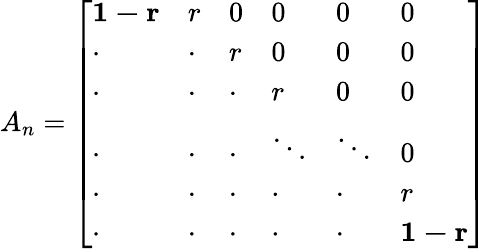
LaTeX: A_{n}=\left[\begin{array}{llllll}{\mathbf{1-r}}&{r}&{0}&{0}&{0}&{0}\\ {\cdot}&{\mathbf{\cdot}}&{r}&{0}&{0}&{0}\\ {\cdot}&{\cdot}&{\cdot}&{r}&{0}&{0}\\ {\cdot}&{\cdot}&{\cdot}&{\ddots}&{\ddots}&{0}\\ {\cdot}&{\cdot}&{\cdot}&{\cdot}&{\mathbf{\cdot}}&{r}\\ {\cdot}&{\cdot}&{\cdot}&{\cdot}&{\cdot}&{\mathbf{1-r}}\end{array}\right]